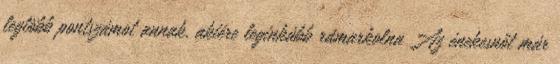
legtöbb pontszámot annak, akiére leginkább rámarkolna Az énekesnőt már